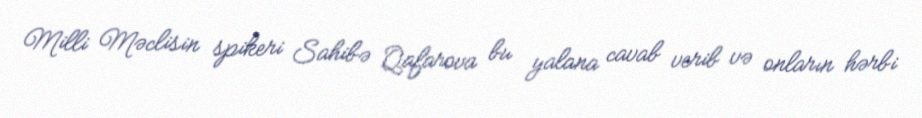
Milli Məclisin spikeri Sahibə Qafarova bu yalana cavab verib və onların hərbi